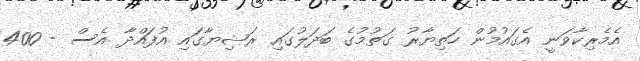
އެމެރިކާވަނީ އެގައުމުން ހަތިޔާރު ގަތުމުގެ ބަދަލުގައި ރަޝިޔާގައި އުފައްދާ އެސް - 400